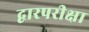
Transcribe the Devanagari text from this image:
द्वारपरीक्षा